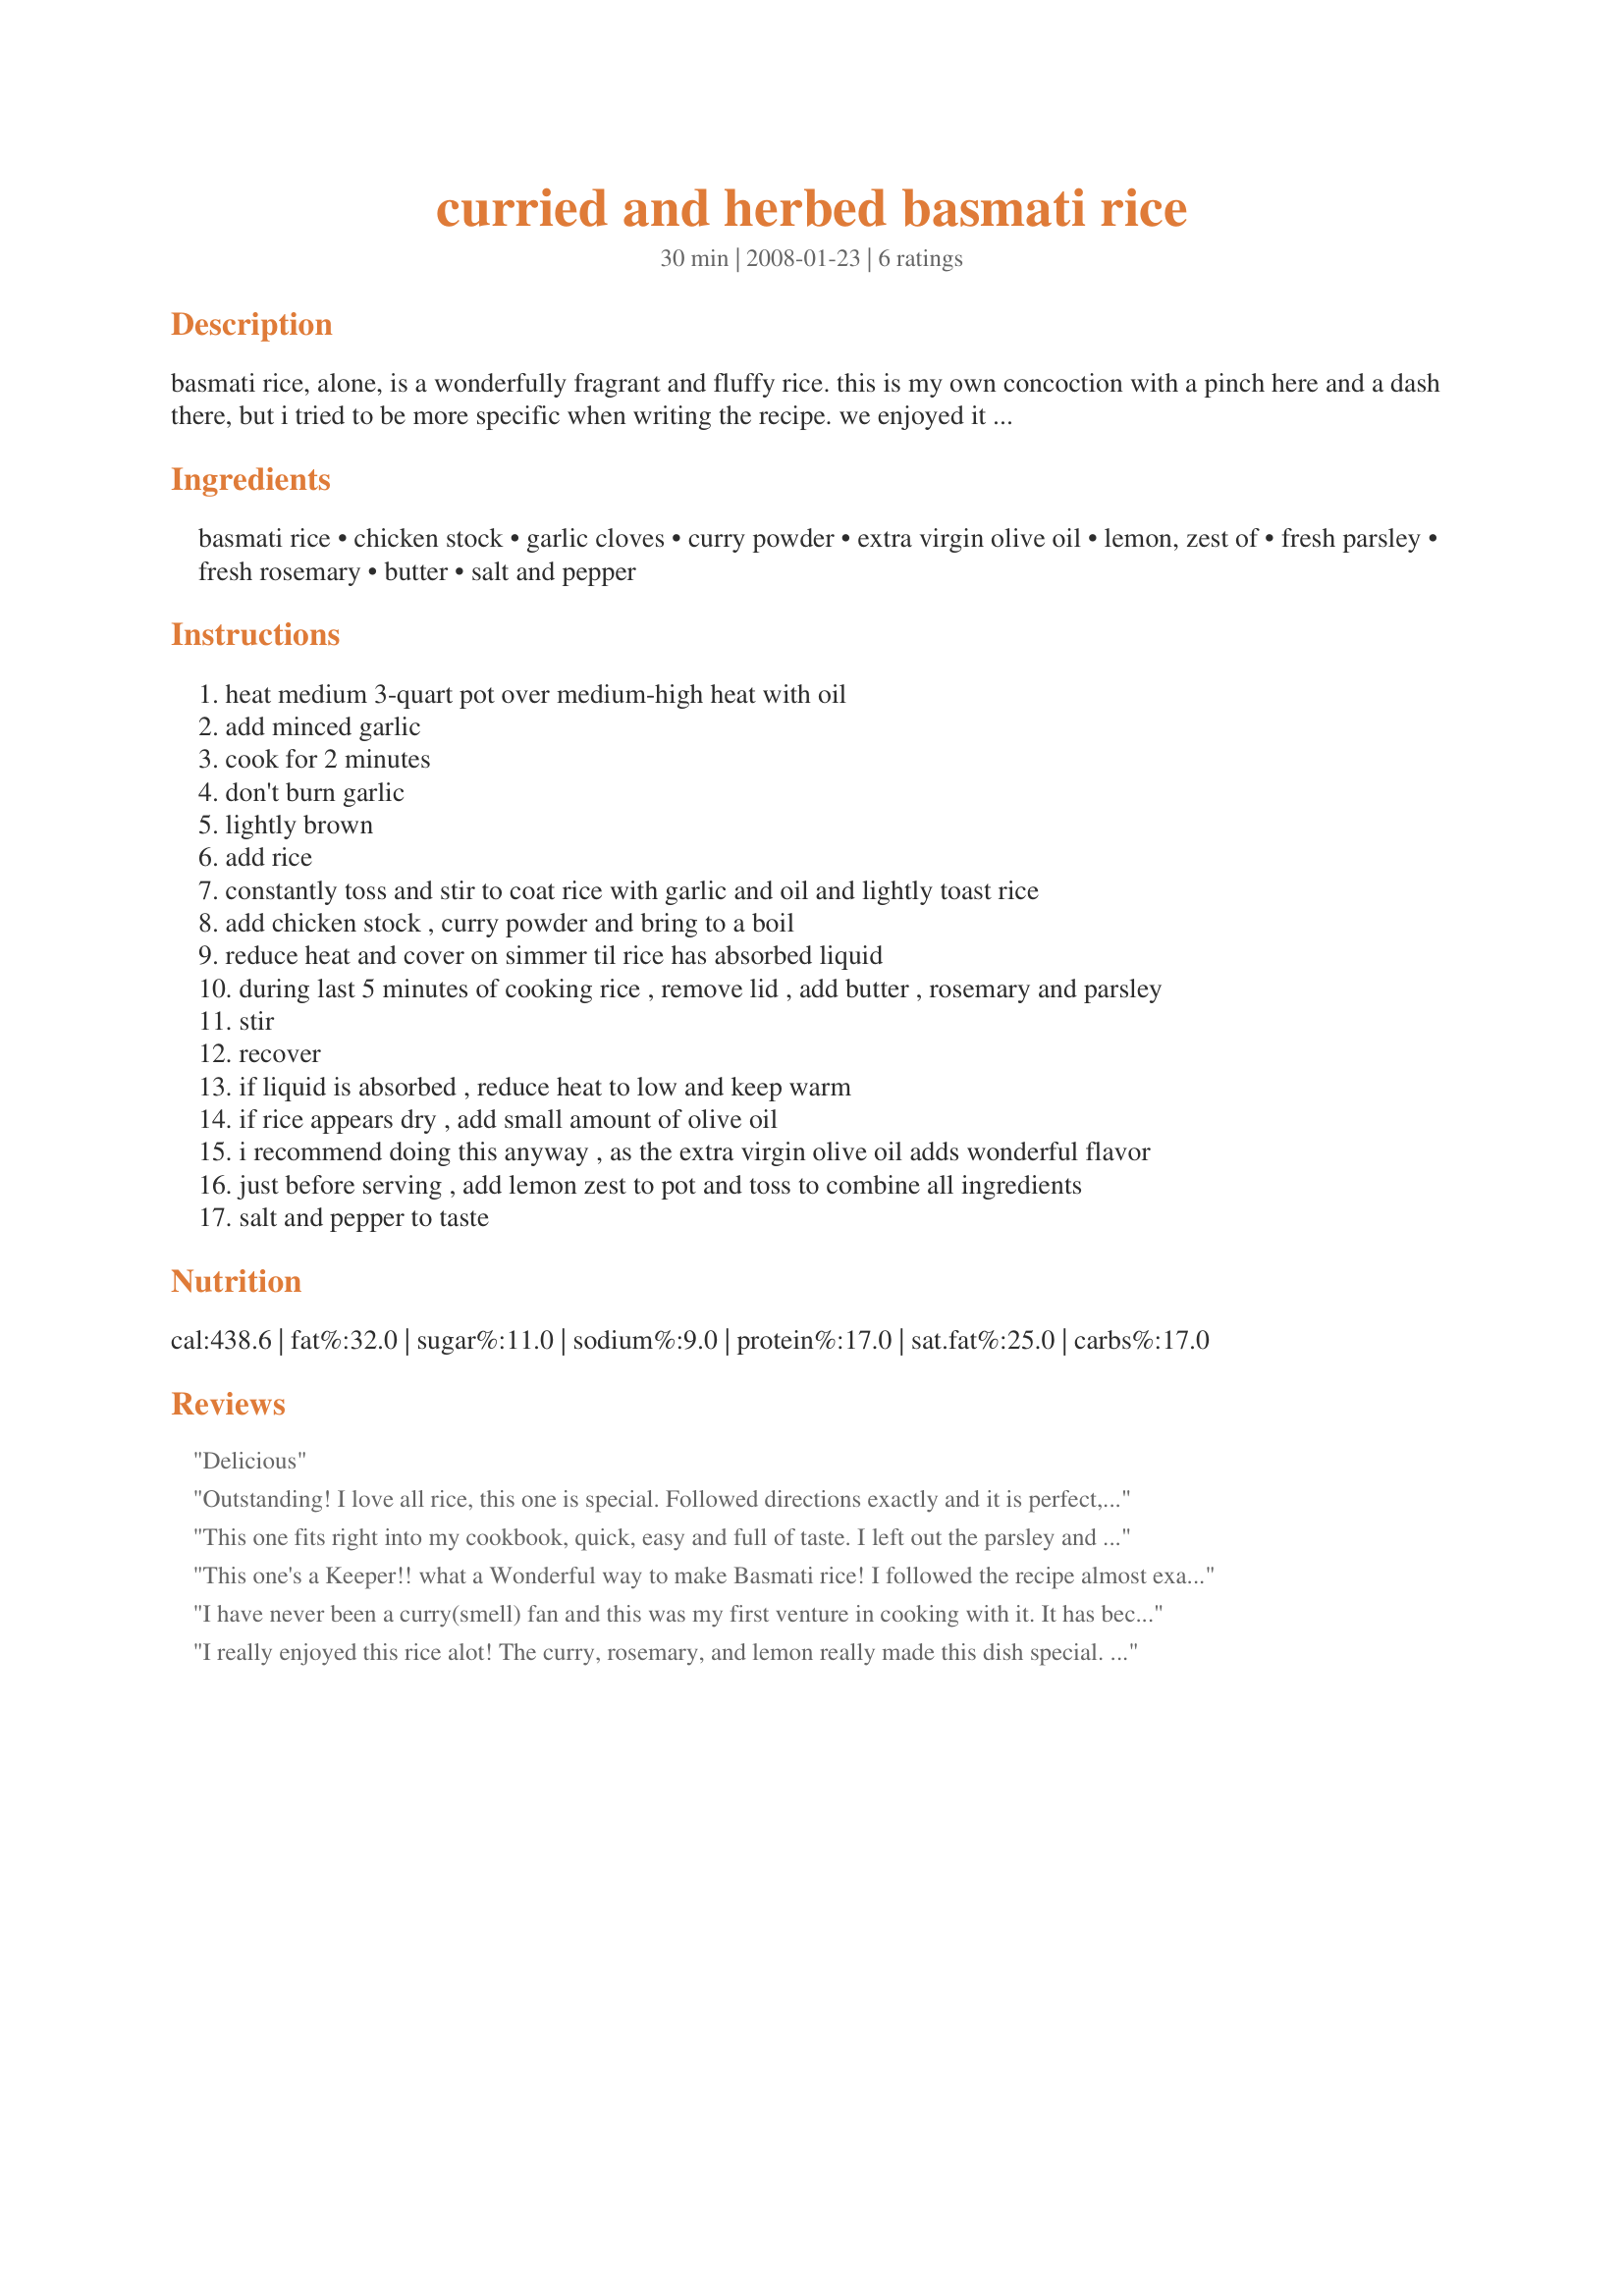
curried and herbed basmati rice
Preparation time: 30 minutes

basmati rice, alone, is a wonderfully fragrant and fluffy rice. this is my own concoction with a pinch here and a dash there, but i tried to be more specific when writing the recipe. we enjoyed it very much, i hope you do also. if you love the taste of curry, you will love this rice.

Ingredients:
basmati rice, chicken stock, garlic cloves, curry powder, extra virgin olive oil, lemon, zest of, fresh parsley, fresh rosemary, butter, salt and pepper

Steps:
heat medium 3-quart pot over medium-high heat with oil
add minced garlic
cook for 2 minutes
don't burn garlic
lightly brown
add rice
constantly toss and stir to coat rice with garlic and oil and lightly toast rice
add chicken stock , curry powder and bring to a boil
reduce heat and cover on simmer til rice has absorbed liquid
during last 5 minutes of cooking rice , remove lid , add butter , rosemary and parsley
stir
recover
if liquid is absorbed , reduce heat to low and keep warm
if rice appears dry , add small amount of olive oil
i recommend doing this anyway , as the extra virgin olive oil adds wonderful flavor
just before serving , add lemon zest to pot and toss to combine all ingredients
salt and pepper to taste

Reviews:
Delicious
Outstanding! I love all rice, this one is special. Followed directions exactly and it is perfect, I should have doubled it! Thanks so much for the recipe.
This one fits right into my cookbook, quick, easy and full of taste. I left out the parsley and folded in some fresh spinach just before serving. Served it with calamari and mushrooms which I cooked over the grill. Thanks Citruholic, this is a keeper.
This one's a Keeper!! what a Wonderful way to make Basmati rice! I followed the recipe almost exact, i didn't have fresh lemon but i used lemon juice. DELICIOUS!
I have never been a curry(smell) fan and this was my first venture in cooking with it. It has become my absolute best and favourite rice recipe. Everybody loves it!
I really enjoyed this rice alot! The curry, rosemary, and lemon really made this dish special. I had along with Citruholic's reicpe for Recipe #281229 and it was a great addition to my meal. I will make this again sometime! Made for PAC Spring 2008
